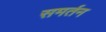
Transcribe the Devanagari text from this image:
समर्तन